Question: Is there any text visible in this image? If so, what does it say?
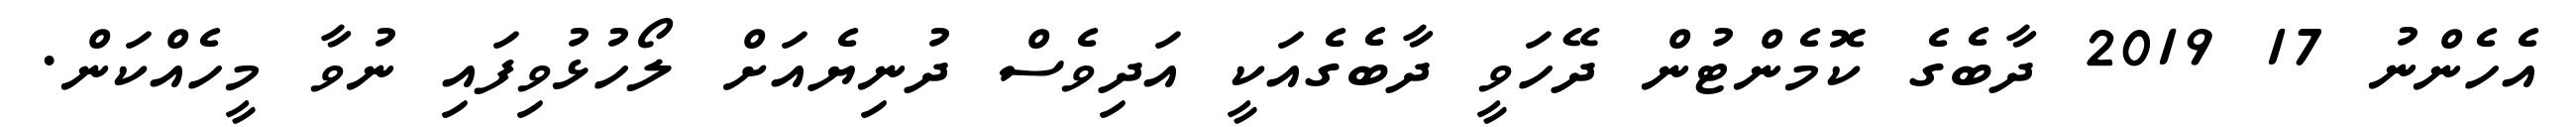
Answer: އެހެންނު 17 2019 ދާބެގެ ކޮމެންޓުން ދޭހަވީ ދާބެގެއަކީ އަދިވެސް ދުނިޔެއަށް ލޯހުޅުވިފައި ނުވާ މީހެއްކަން.